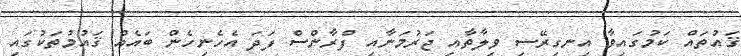
ޤައުތައް ކަމުގައިވާ އިނގިރޭސި ވިލާތާއި ޖަރުމަނާއި ފްރާންސް ފަދަ އެހެނިހެން ބައެއް ޤައުމުތަކުގައި